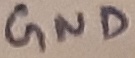
Text: GND